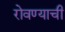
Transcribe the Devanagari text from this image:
रोवण्याची